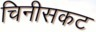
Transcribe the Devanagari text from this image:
चिनीसकट